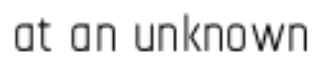
at an unknown